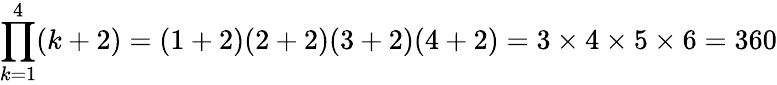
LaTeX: \prod_{k=1}^{4}(k+2)=(1+2)(2+2)(3+2)(4+2)=3\times 4\times 5\times 6=360